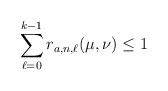
\begin{align*}\sum_{\ell=0}^{k-1} r_{a,n,\ell}(\mu,\nu)\leq 1\end{align*}